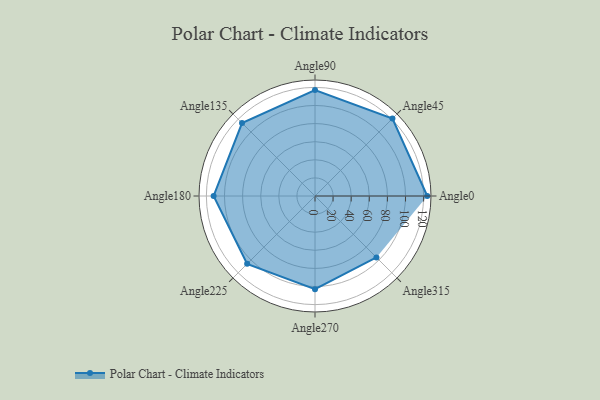
{"axis": {"x": "Angle", "y": "Radius"}, "legend": [""], "data": [{"x": "Angle0", "y": 124.0, "type": ""}, {"x": "Angle45", "y": 121.0, "type": ""}, {"x": "Angle90", "y": 117.0, "type": ""}, {"x": "Angle135", "y": 114.0, "type": ""}, {"x": "Angle180", "y": 112.0, "type": ""}, {"x": "Angle225", "y": 106.0, "type": ""}, {"x": "Angle270", "y": 103.0, "type": ""}, {"x": "Angle315", "y": 96.0, "type": ""}]}